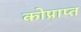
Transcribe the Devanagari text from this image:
कोप्राप्त